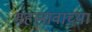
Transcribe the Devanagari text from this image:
महानावाच्या